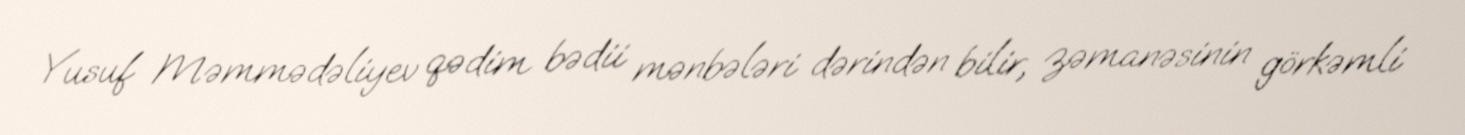
Yusuf Məmmədəliyev qədim bədii mənbələri dərindən bilir, zəmanəsinin görkəmli